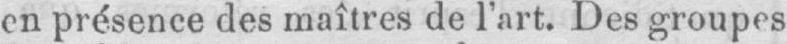
en présence des maîtres de l’art. Des groupes